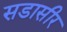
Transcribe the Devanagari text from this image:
सडासीर